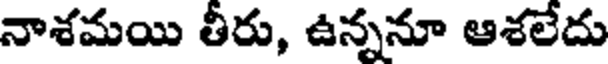
నాశమయి తీరు, ఉన్ననూ ఆశలేదు